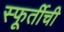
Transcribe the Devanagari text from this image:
स्फूर्तीची